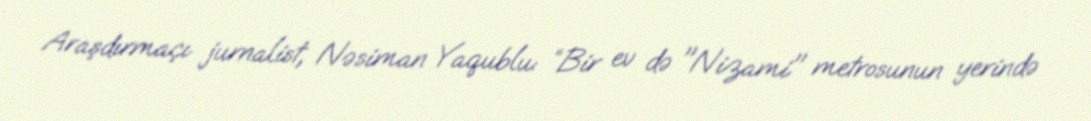
Araşdırmaçı jurnalist, Nəsiman Yaqublu: “Bir ev də "Nizami" metrosunun yerində